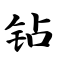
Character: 钻